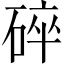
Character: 碎